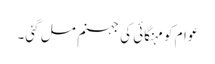
عوام کو مہنگائی کی جہنم مل گئی۔